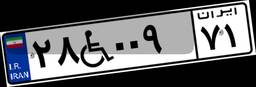
۷۴W۵۸۴۳۰